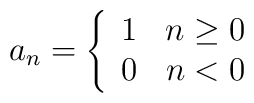
a_n = \left\{ \begin{array}{lr} 1&n \ge 0 \\ 0 & n < 0 \end{array} \right.